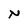
Character: N